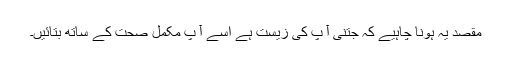
مقصد یہ ہونا چاہیے کہ جتنی آ پ کی زیست ہے اسے آ پ مکمل صحت کے ساتھ بتائیں۔